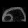
Digit: ၈